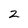
Character: 2